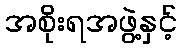
အစိုးရအဖွဲ့နှင့်